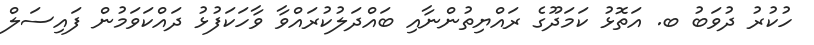
ހުކުރު ދުވަބު ބ. އަތޮޅު ކަމަދޫގެ ރައްޔިތުންނާއި ބައްދަލުކުރައްވާ ވާހަކަފުޅު ދައްކަވަމުން ފައިސަލް